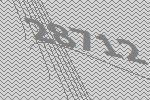
28712